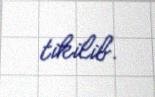
tikilib.